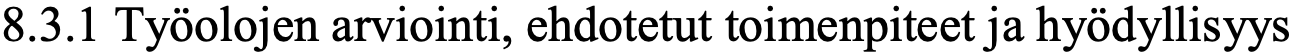
8.3.1 Työolojen arviointi, ehdotetut toimenpiteet ja hyödyllisyys